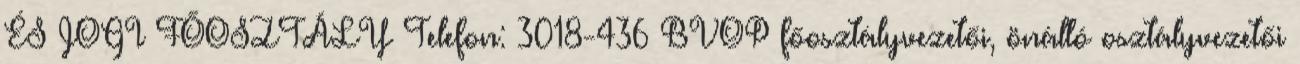
ÉS JOGI FŐOSZTÁLY Telefon: 3018-436 BVOP főosztályvezetői, önálló osztályvezetői